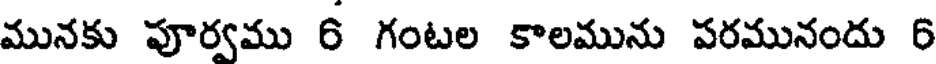
మునకు పూర్వము 6 గంటల కాలమును పరమునందు 6